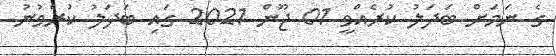
ގެ ނަމަށް ބަދަލު ކުރެއްވީ 01 ޖޫން 2021 ގައި ބަދަލު ކުރެވުނު